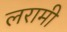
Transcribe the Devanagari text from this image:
लरामी